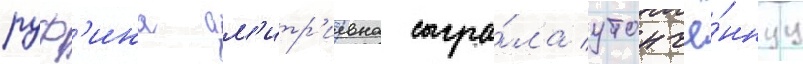
руф'ина дм'итр'иевна сыгра́ла утончё́ннуу